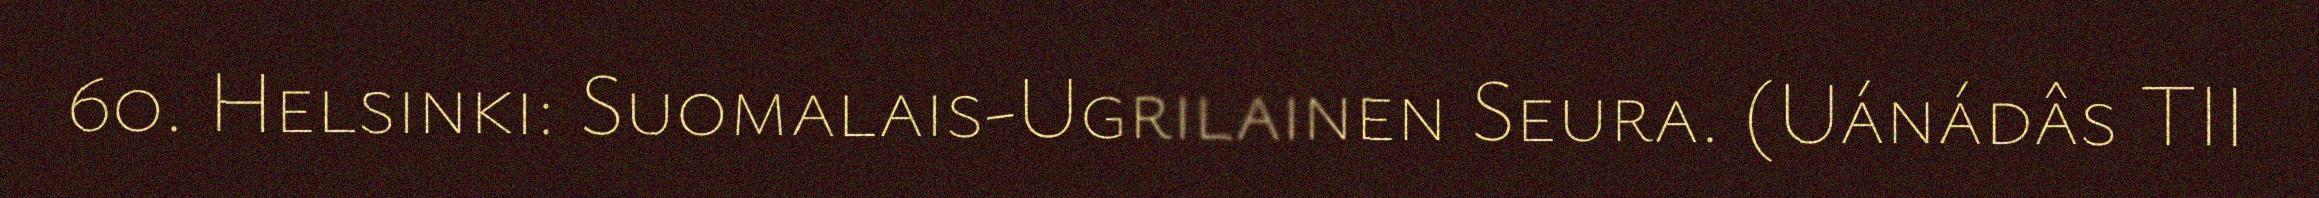
60. Helsinki: Suomalais-Ugrilainen Seura. (Uánádâs TII